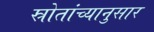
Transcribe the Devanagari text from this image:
स्रोतांच्‍यानुसार